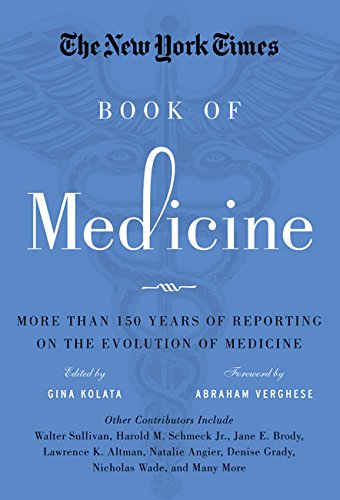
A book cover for The New York Times Book of Medicine: More than 150 Years of Reporting on the Evolution of Medicine; Gina Kolata; Science & Math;